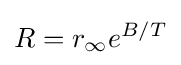
R=r_{\infty }e^{B/T}